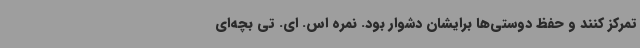
تمرکز کنند و حفظ دوستی‌ها برایشان دشوار بود. نمره اس. ای. تی بچه‌ای